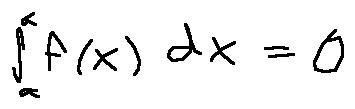
\int \limits _ { a } ^ { a } f ( x ) d x = 0